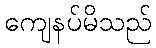
ကျေနပ်မိသည်